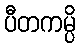
ပီတကမ္ပိ